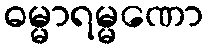
ဓမ္မာရမ္မဏော